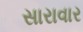
સારાવાર